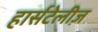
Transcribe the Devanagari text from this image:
हार्सटेलीज़